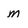
Character: m